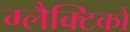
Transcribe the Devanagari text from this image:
ग्‍लैक्टिको